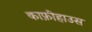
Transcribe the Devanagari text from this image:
काफ़ीहाउस